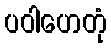
ပဝါဟေတုံ